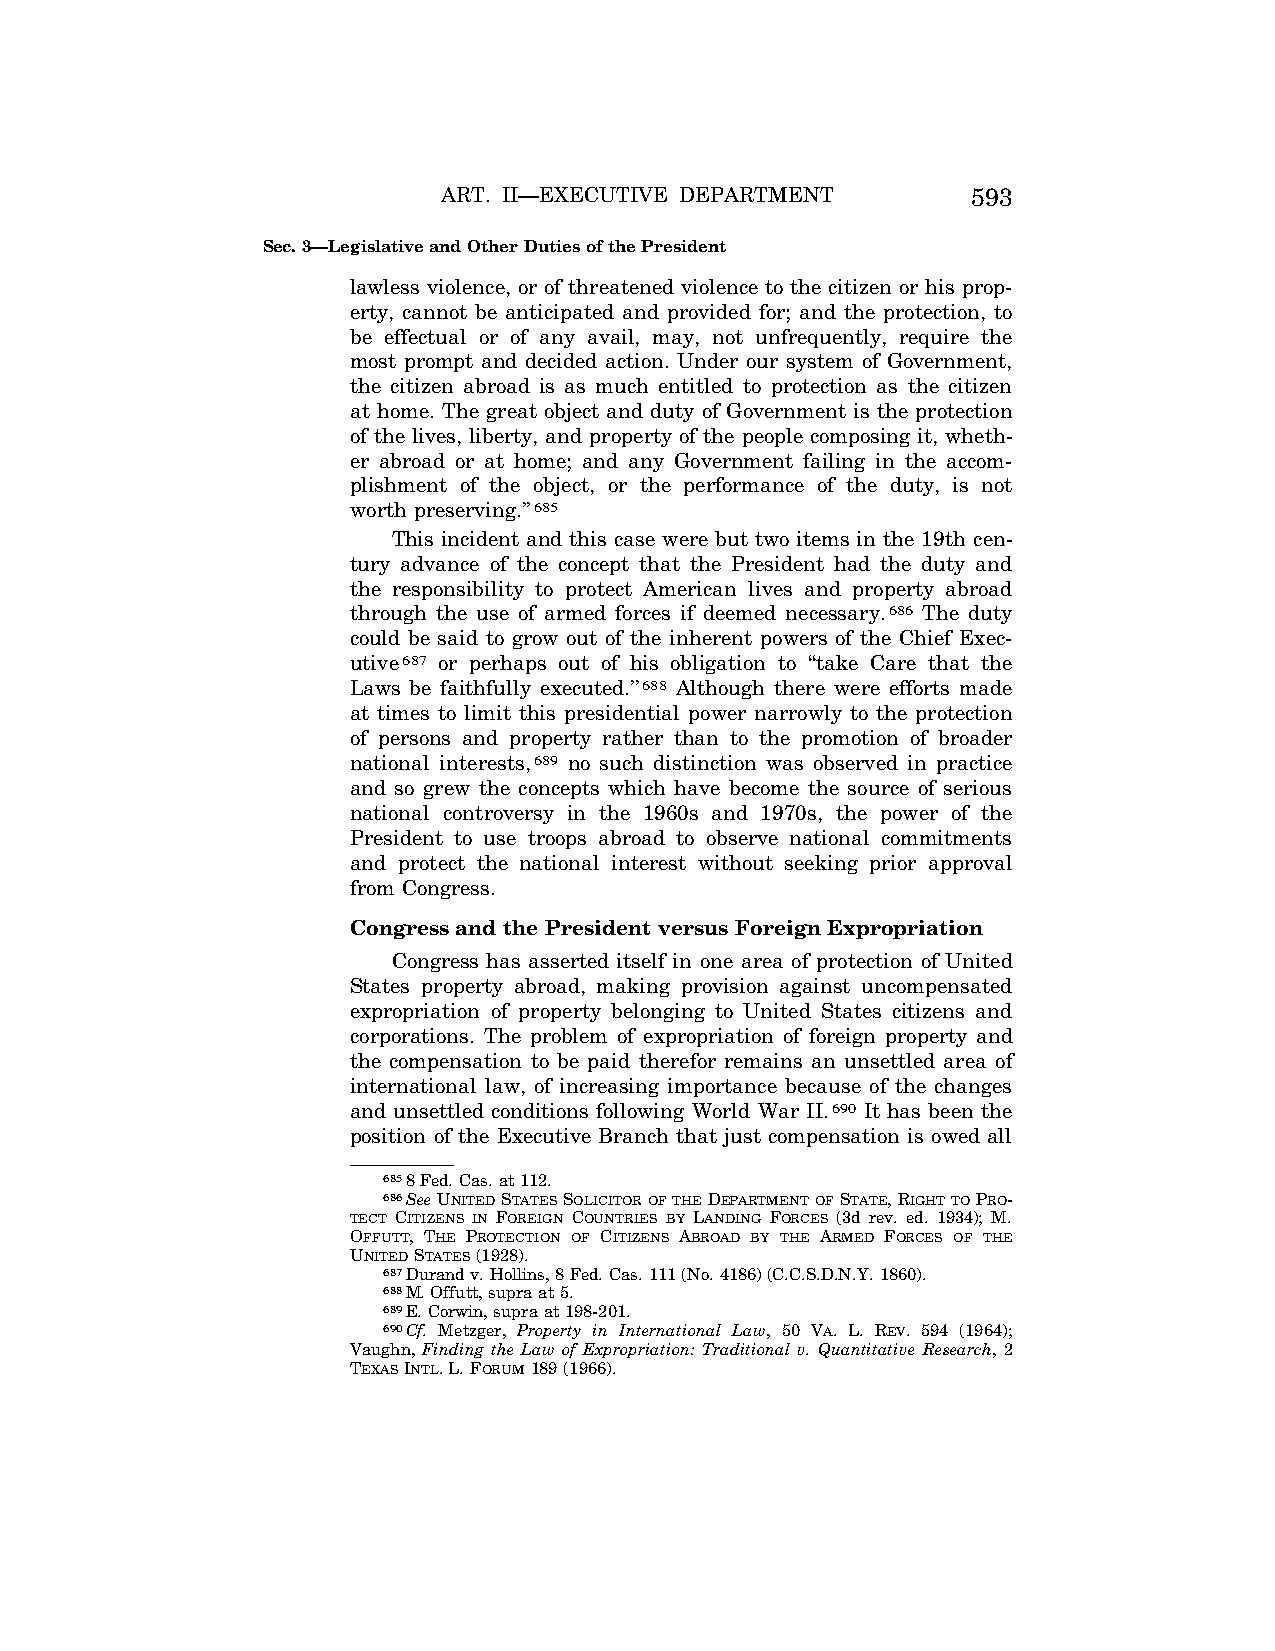
ART. II—EXECUTIVE DEPARTMENT       593
 Sec. 3—Legislative and Other Duties of the President
 lawless violence, or of threatened violence to the citizen or his prop-
 erty, cannot be anticipated and provided for; and the protection, to
 be effectual or of any avail, may, not unfrequently, require the
 most prompt and decided action. Under our system of Government,
 the citizen abroad is as much entitled to protection as the citizen
 at home. The great object and duty of Government is the protection
 of the lives, liberty, and property of the people composing it, wheth-
 er abroad or at home; and any Government failing in the accom-
 plishment of the object, or the performance of the duty, is not
 worth preserving.’’685
 This incident and this case were but two items in the 19th cen-
 tury advance of the concept that the President had the duty and
 the responsibility to protect American lives and property abroad
 through the use of armed forces if deemed necessary.686 The duty
 could be said to grow out of the inherent powers of the Chief Exec-
 utive687 or perhaps out of his obligation to ‘‘take Care that the
 Laws be faithfully executed.’’688 Although there were efforts made
 at times to limit this presidential power narrowly to the protection
 of persons and property rather than to the promotion of broader
 national interests,689 no such distinction was observed in practice
 and so grew the concepts which have become the source of serious
 national controversy in the 1960s and 1970s, the power of the
 President to use troops abroad to observe national commitments
 and protect the national interest without seeking prior approval
 from Congress.
 Congress and the President versus Foreign Expropriation
 Congress has asserted itself in one area of protection of United
 States property abroad, making provision against uncompensated
 expropriation of property belonging to United States citizens and
 corporations. The problem of expropriation of foreign property and
 the compensation to be paid therefor remains an unsettled area of
 international law, of increasing importance because of the changes
 and unsettled conditions following World War II.690 It has been the
 position of the Executive Branch that just compensation is owed all
 6858 Fed. Cas. at 112.
 686SeeUNITEDSTATESSOLICITOROFTHEDEPARTMENTOFSTATE, RIGHTTOPRO-
 TECT CITIZENS IN FOREIGN COUNTRIES BY LANDING FORCES (3d rev. ed. 1934); M.
 OFFUTT, THE PROTECTION OF CITIZENS ABROAD BY THE ARMED FORCES OF THE
 UNITEDSTATES(1928).
 687Durand v. Hollins, 8 Fed. Cas. 111 (No. 4186) (C.C.S.D.N.Y. 1860).
 688M. Offutt, supra at 5.
 689E. Corwin, supra at 198-201.
 690Cf. Metzger, Property in International Law, 50 VA. L. REV. 594 (1964);
 Vaughn, Finding the Law of Expropriation: Traditional v. Quantitative Research, 2
 TEXASINTL. L. FORUM189 (1966).
 VerDate Aug<04>2004 13:21 Oct 06, 2004 Jkt 077500 PO 00000 Frm 00161 Fmt 8222 Sfmt 8222 C:\CONAN\CON011.SGM PRFM99 PsN: CON011